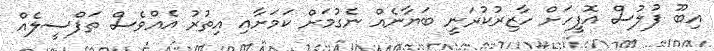
އިބޫ ފުލުސް އޮފީހަށް ހާޒިރުކުރަނީ ބަޔާނެއް ނެގުމަށް ކަމަށާއި އިތުރު އެއްވެސް ތަފްސީލެއް